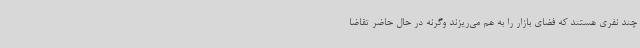
چند نفری هستند که فضای بازار را به هم می‌ریزند وگرنه در حال حاضر تقاضا